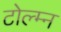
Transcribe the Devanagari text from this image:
टोल्म्न